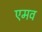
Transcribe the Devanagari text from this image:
एमव